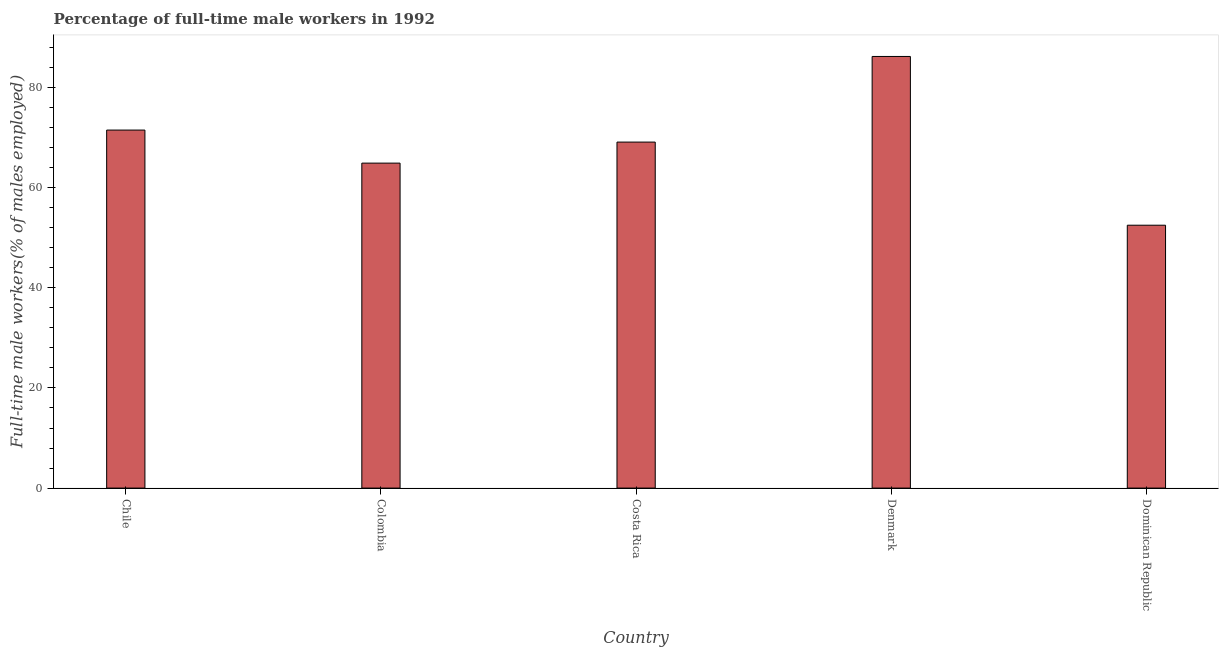
| Country | Wage and salary workers |
 | --- | --- |
 | Chile | 71.5 |
 | Colombia | 64.9 |
 | Costa Rica | 69.1 |
 | Denmark | 86.2 |
 | Dominican Republic | 52.5 |